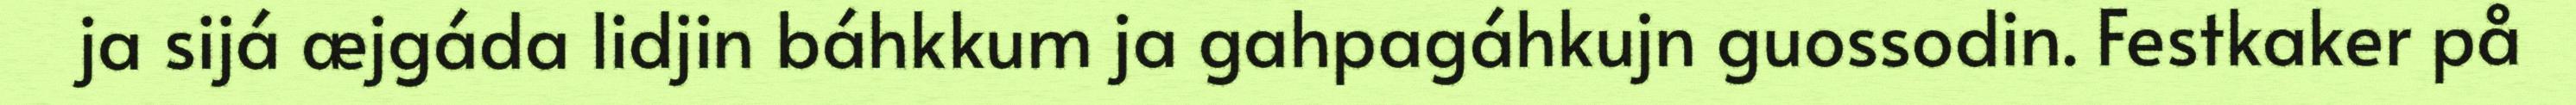
ja sijá æjgáda lidjin báhkkum ja gahpagáhkujn guossodin. Festkaker på